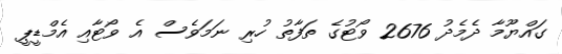
ގައްޔޫމާ ދެމެދު 2676 ވޯޓުގެ ތަފާތު ހުރި ނަމަވެސް އެ ވޯޓާއި އެމްޑީޕީ